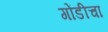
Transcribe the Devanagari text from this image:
गोंडीचा